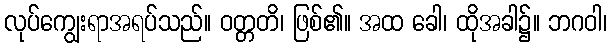
လုပ်ကျွေးရာအရပ်သည်။ ဝတ္တတိ၊ ဖြစ်၏။ အထ ခေါ၊ ထိုအခါ၌။ ဘဂဝါ၊